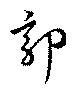
郭